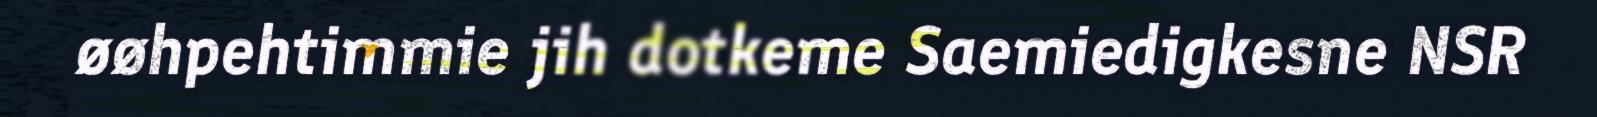
øøhpehtimmie jih dotkeme Saemiedigkesne NSR